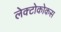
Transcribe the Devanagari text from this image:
लेक्टोकोकस